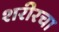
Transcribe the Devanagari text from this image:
शरीरचा